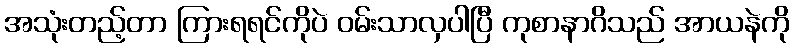
အသုံးတည့်တာ ကြားရရင်ကိုပဲ ဝမ်းသာလှပါပြီ ကုစာနာဂိသည် အာယနဲကို